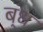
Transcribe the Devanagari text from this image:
ब्ंध